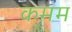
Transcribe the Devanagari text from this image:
कमम